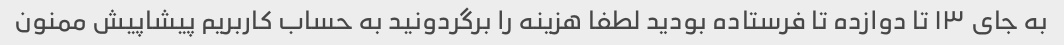
به جای ۱۳ تا دوازده تا فرستاده بودید لطفا هزینه را برگردونید به حساب کاربریم پیشاپیش ممنون